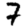
Digit: 7